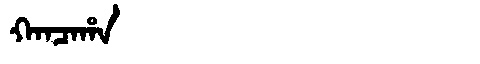
Manchu: ᡴᠠᠨᠴᠠᡥᠠ
Romanization: KANCAHA